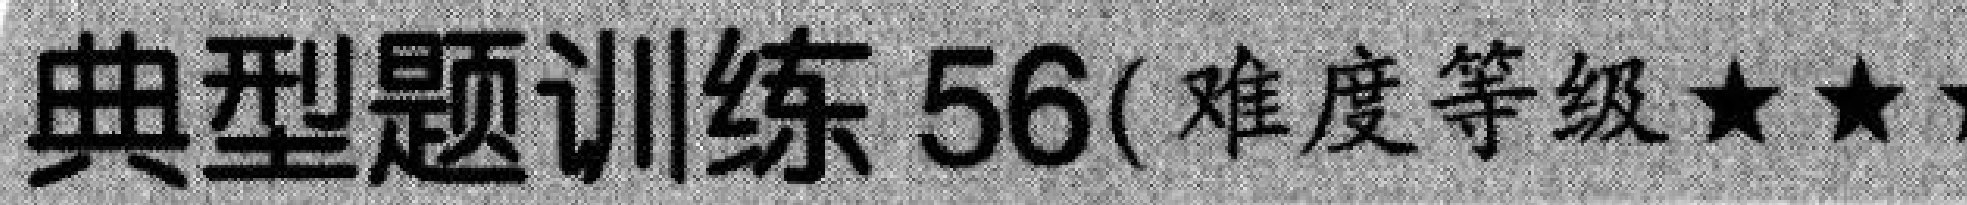
典型题训练 56(难度等级★★★